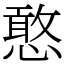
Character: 憨